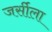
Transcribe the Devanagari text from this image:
जर्सीला